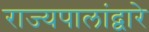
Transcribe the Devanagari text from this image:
राज्यपालांद्वारे